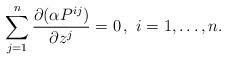
LaTeX: \begin{align*}\sum_{j=1}^n\frac{\partial(\alpha P^{ij})}{\partial z^j}=0\,,\,\,i=1,\ldots,n.\end{align*}